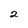
Character: 2